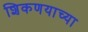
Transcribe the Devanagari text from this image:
शिकणयाच्या